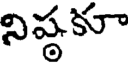
నిష్ఠకూ